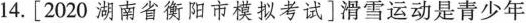
14.[2020湖南省衡阳市模拟考试]滑雪运动是青少年